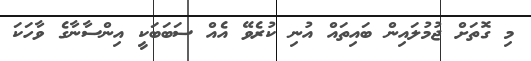
މި ގޮތަށް ޖުމުލައިން ބައިތައް އުނި ކުރެވޭ އެއް ސަބަބަކީ އިންސާނާގެ ވާހަކަ